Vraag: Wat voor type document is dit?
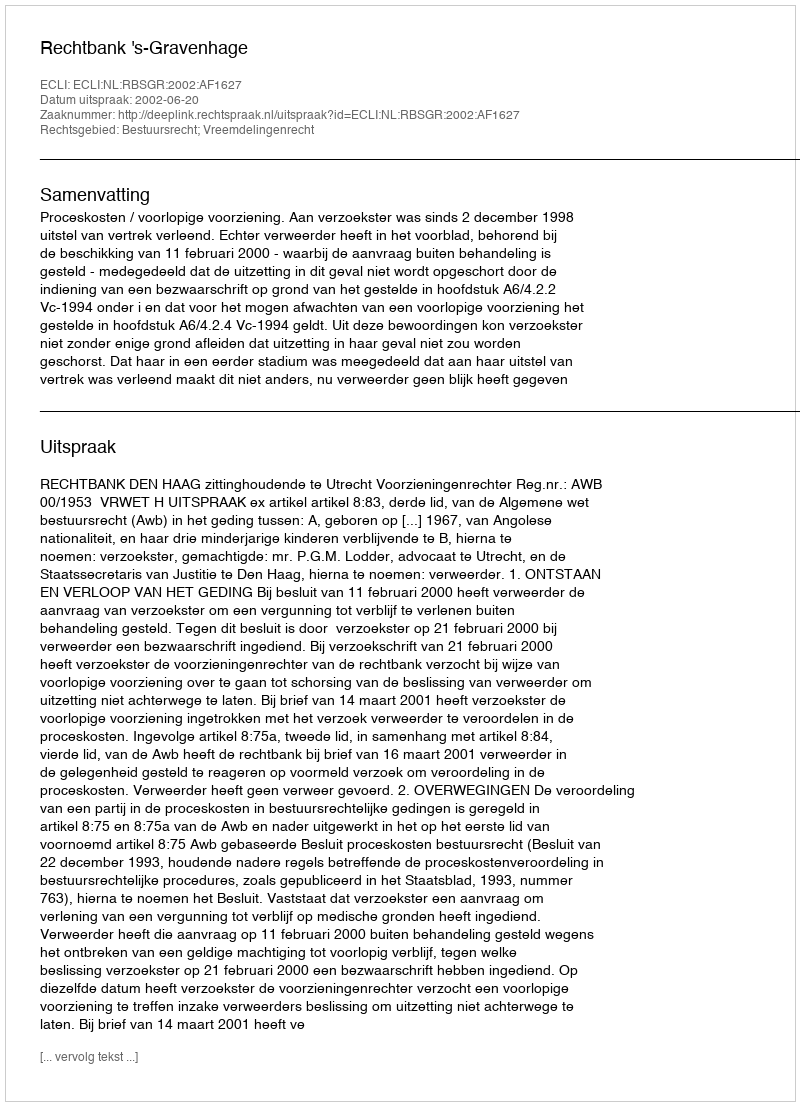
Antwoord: Uitspraak